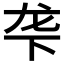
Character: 𬻓